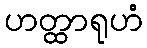
ဟတ္ထာရုဟံ